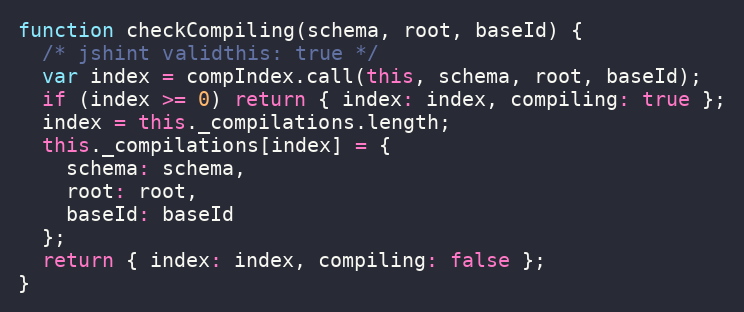
Language: JavaScript
function checkCompiling(schema, root, baseId) {
  /* jshint validthis: true */
  var index = compIndex.call(this, schema, root, baseId);
  if (index >= 0) return { index: index, compiling: true };
  index = this._compilations.length;
  this._compilations[index] = {
    schema: schema,
    root: root,
    baseId: baseId
  };
  return { index: index, compiling: false };
}